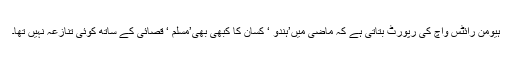
ہیومن رائٹس واچ کی رپورٹ بتاتی ہے کہ ماضی میں’ہندو ‘ کسان کا کبھی بھی’مسلم ‘ قصائی کے ساتھ کوئی تنازعہ نہیں تھا۔